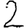
Digit: 2